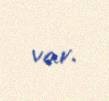
var.